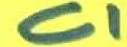
Text: C1